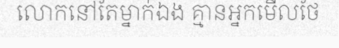
លោកនៅតែម្នាក់ឯង គ្មានអ្នកមើលថែ